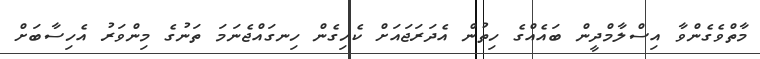
މާތްވެގެންވާ އިސްލާމްދީން ބައެއްގެ ހިތުން އެދަރަޖައަށް ކެހިގެން ހިނގައްޖެނަމަ ތަނުގެ މިންވަރު އެހިސާބަށް